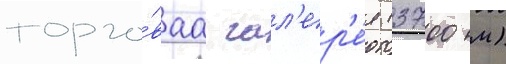
торго́ваа гал'ер'е́я (3700 м)